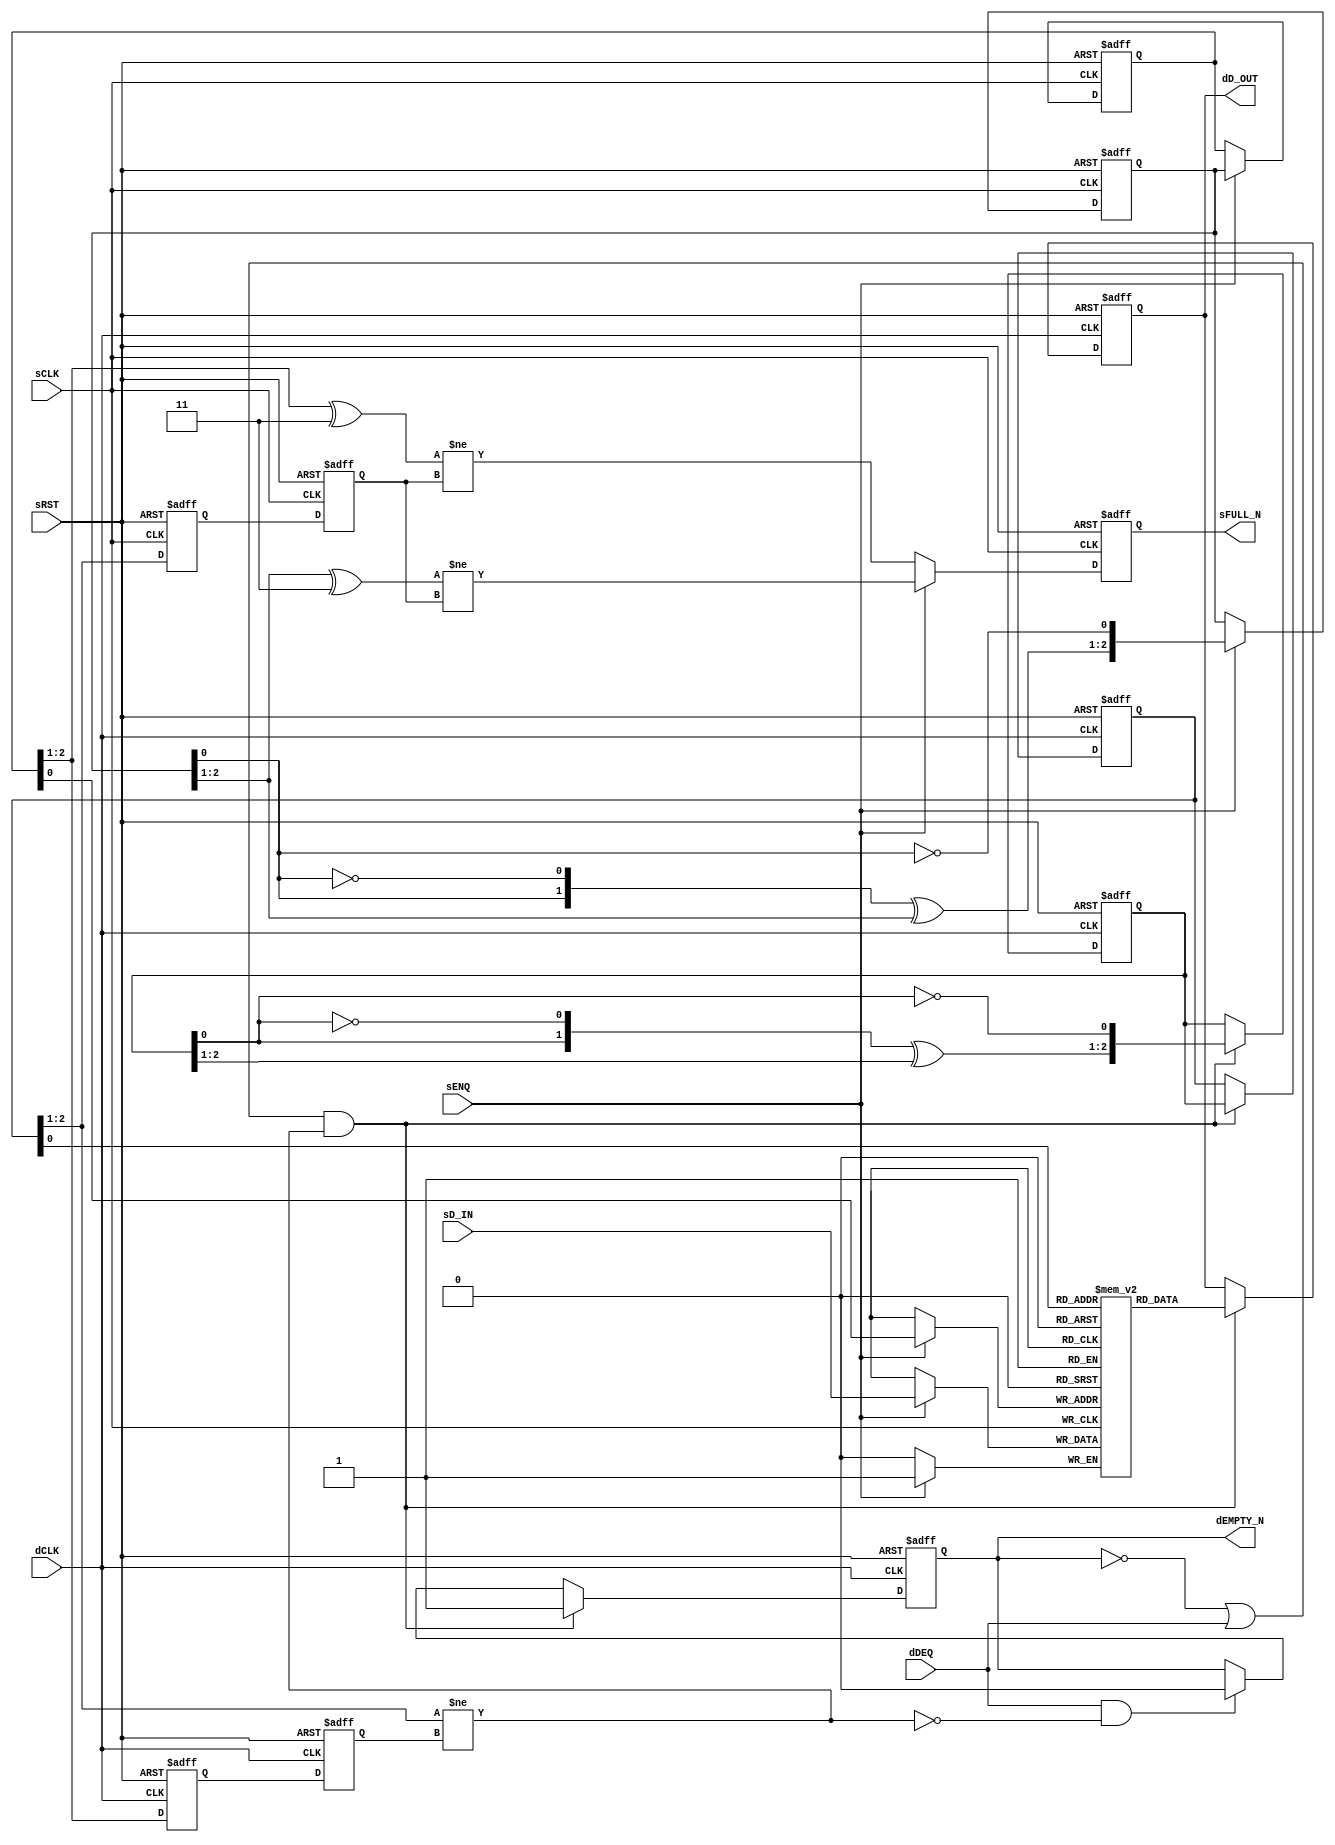

// Copyright (c) 2000-2012 Bluespec, Inc.

// Permission is hereby granted, free of charge, to any person obtaining a copy
// of this software and associated documentation files (the "Software"), to deal
// in the Software without restriction, including without limitation the rights
// to use, copy, modify, merge, publish, distribute, sublicense, and/or sell
// copies of the Software, and to permit persons to whom the Software is
// furnished to do so, subject to the following conditions:

// The above copyright notice and this permission notice shall be included in
// all copies or substantial portions of the Software.

// THE SOFTWARE IS PROVIDED "AS IS", WITHOUT WARRANTY OF ANY KIND, EXPRESS OR
// IMPLIED, INCLUDING BUT NOT LIMITED TO THE WARRANTIES OF MERCHANTABILITY,
// FITNESS FOR A PARTICULAR PURPOSE AND NONINFRINGEMENT. IN NO EVENT SHALL THE
// AUTHORS OR COPYRIGHT HOLDERS BE LIABLE FOR ANY CLAIM, DAMAGES OR OTHER
// LIABILITY, WHETHER IN AN ACTION OF CONTRACT, TORT OR OTHERWISE, ARISING FROM,
// OUT OF OR IN CONNECTION WITH THE SOFTWARE OR THE USE OR OTHER DEALINGS IN
// THE SOFTWARE.
//
// $Revision: 29753 $
// $Date: 2012-10-22 13:58:05 +0000 (Mon, 22 Oct 2012) $

`ifdef BSV_ASSIGNMENT_DELAY
`else
  `define BSV_ASSIGNMENT_DELAY
`endif

`ifdef BSV_POSITIVE_RESET
  `define BSV_RESET_VALUE 1'b1
  `define BSV_RESET_EDGE posedge
`else
  `define BSV_RESET_VALUE 1'b0
  `define BSV_RESET_EDGE negedge
`endif


// A clock synchronization FIFO where the enqueue and dequeue sides are in
// different clock domains.
// There are no restrictions w.r.t. clock frequencies
// The depth of the FIFO must be a power of 2 (2,4,8,...) since the
// indexing uses a Gray code counter.
// FULL and EMPTY signal are pessimistic, that is, they are asserted
// immediately when the FIFO becomes FULL or EMPTY, but their deassertion
// is delayed due to synchronization latency.
module SyncFIFO(
                sCLK,
                sRST,
                dCLK,
                sENQ,
                sD_IN,
                sFULL_N,
                dDEQ,
                dD_OUT,
                dEMPTY_N
                ) ;


   parameter                 dataWidth = 1 ;
   parameter                 depth = 2 ; // minimum 2
   parameter                 indxWidth = 1 ; // minimum 1

   // input clock domain ports
   input                     sCLK ;
   input                     sRST ;
   input                     sENQ ;
   input [dataWidth -1 : 0]  sD_IN ;
   output                    sFULL_N ;

   // destination clock domain ports
   input                     dCLK ;
   input                     dDEQ ;
   output                    dEMPTY_N ;
   output [dataWidth -1 : 0] dD_OUT ;

   // constants for bit masking of the gray code
   wire [indxWidth : 0]      msbset  = ~({(indxWidth + 1){1'b1}} >> 1) ;
   wire [indxWidth - 1 : 0]  msb2set = ~({(indxWidth + 0){1'b1}} >> 1) ;
   wire [indxWidth : 0]      msb12set = msbset | {1'b0, msb2set} ; // 'b11000...

   // FIFO Memory
   reg [dataWidth -1 : 0]    fifoMem [0: depth -1 ] ;
   reg [dataWidth -1 : 0]    dDoutReg ;

   // Enqueue Pointer support
   reg [indxWidth +1 : 0]    sGEnqPtr, sGEnqPtr1 ; // Flops
   reg                       sNotFullReg ;
   wire                      sNextNotFull, sFutureNotFull ;

   // Dequeue Pointer support
   reg [indxWidth+1 : 0]       dGDeqPtr, dGDeqPtr1 ; // Flops
   reg                       dNotEmptyReg ;
   wire                      dNextNotEmpty;

   // Reset generation
   wire                      dRST ;

   // flops to sychronize enqueue and dequeue point across domains
   reg [indxWidth : 0]       dSyncReg1, dEnqPtr ;
   reg [indxWidth : 0]       sSyncReg1, sDeqPtr ;

   wire [indxWidth - 1 :0]   sEnqPtrIndx, dDeqPtrIndx ;

   // Resets
   assign                    dRST = sRST ;

   // Outputs
   assign                    dD_OUT   = dDoutReg     ;
   assign                    dEMPTY_N = dNotEmptyReg ;
   assign                    sFULL_N  = sNotFullReg  ;

   // Indexes are truncated from the Gray counter with parity
   assign                    sEnqPtrIndx  = sGEnqPtr[indxWidth-1:0];
   assign                    dDeqPtrIndx  = dGDeqPtr[indxWidth-1:0];

   // Fifo memory write
   always @(posedge sCLK)
     begin
        if ( sENQ )
          fifoMem[sEnqPtrIndx] <= `BSV_ASSIGNMENT_DELAY sD_IN ;
     end // always @ (posedge sCLK)

   ////////////////////////////////////////////////////////////////////////
   // Enqueue Pointer and increment logic
   assign sNextNotFull   = (sGEnqPtr [indxWidth+1:1] ^ msb12set) != sDeqPtr ;
   assign sFutureNotFull = (sGEnqPtr1[indxWidth+1:1] ^ msb12set) != sDeqPtr ;

   always @(posedge sCLK or `BSV_RESET_EDGE sRST)
     begin
        if (sRST == `BSV_RESET_VALUE)
          begin
             sGEnqPtr    <= `BSV_ASSIGNMENT_DELAY {(indxWidth +2 ) {1'b0}} ;
             sGEnqPtr1   <= `BSV_ASSIGNMENT_DELAY { {indxWidth {1'b0}}, 2'b11} ;
             sNotFullReg <= `BSV_ASSIGNMENT_DELAY 1'b0 ; // Mark as full during reset to avoid spurious loads
          end // if (sRST == `BSV_RESET_VALUE)
        else
           begin
              if ( sENQ )
                begin
                   sGEnqPtr1   <= `BSV_ASSIGNMENT_DELAY incrGrayP( sGEnqPtr1 ) ;
                   sGEnqPtr    <= `BSV_ASSIGNMENT_DELAY sGEnqPtr1 ;
                   sNotFullReg <= `BSV_ASSIGNMENT_DELAY sFutureNotFull ;
                end // if ( sENQ )
              else
                begin
                   sNotFullReg <= `BSV_ASSIGNMENT_DELAY  sNextNotFull ;
                end // else: !if( sENQ )
           end // else: !if(sRST == `BSV_RESET_VALUE)
     end // always @ (posedge sCLK or `BSV_RESET_EDGE sRST)


   // Enqueue pointer synchronizer to dCLK
   always @(posedge dCLK  or `BSV_RESET_EDGE dRST)
     begin
        if (dRST == `BSV_RESET_VALUE)
          begin
             dSyncReg1 <= `BSV_ASSIGNMENT_DELAY {(indxWidth + 1) {1'b0}} ;
             dEnqPtr   <= `BSV_ASSIGNMENT_DELAY {(indxWidth + 1) {1'b0}} ;
          end // if (dRST == `BSV_RESET_VALUE)
        else
          begin
             dSyncReg1 <= `BSV_ASSIGNMENT_DELAY sGEnqPtr[indxWidth+1:1] ; // Clock domain crossing
             dEnqPtr   <= `BSV_ASSIGNMENT_DELAY dSyncReg1 ;
          end // else: !if(dRST == `BSV_RESET_VALUE)
     end // always @ (posedge dCLK  or `BSV_RESET_EDGE dRST)
   ////////////////////////////////////////////////////////////////////////


   ////////////////////////////////////////////////////////////////////////
   // Enqueue Pointer and increment logic
   assign dNextNotEmpty   = dGDeqPtr[indxWidth+1:1]  != dEnqPtr ;

   always @(posedge dCLK or `BSV_RESET_EDGE dRST)
     begin
        if (dRST == `BSV_RESET_VALUE)
          begin
             dGDeqPtr     <= `BSV_ASSIGNMENT_DELAY {(indxWidth + 2) {1'b0}} ;
             dGDeqPtr1    <= `BSV_ASSIGNMENT_DELAY {{indxWidth {1'b0}}, 2'b11 } ;
             dNotEmptyReg <= `BSV_ASSIGNMENT_DELAY 1'b0 ;
             dDoutReg     <= `BSV_ASSIGNMENT_DELAY { dataWidth {1'b0}};
          end // if (dRST == `BSV_RESET_VALUE)
        else
           begin
              if ((!dNotEmptyReg || dDEQ) && dNextNotEmpty) begin
                 dGDeqPtr     <= `BSV_ASSIGNMENT_DELAY dGDeqPtr1 ;
                 dGDeqPtr1    <= `BSV_ASSIGNMENT_DELAY incrGrayP( dGDeqPtr1 );
                 dDoutReg     <= `BSV_ASSIGNMENT_DELAY fifoMem[dDeqPtrIndx] ;
                 dNotEmptyReg <= `BSV_ASSIGNMENT_DELAY 1'b1;
              end
              else if (dDEQ && !dNextNotEmpty) begin
                 dNotEmptyReg <= `BSV_ASSIGNMENT_DELAY 1'b0;
              end
           end // else: !if(dRST == `BSV_RESET_VALUE)
     end // always @ (posedge dCLK or `BSV_RESET_EDGE dRST)

    // Dequeue pointer synchronized to sCLK
    always @(posedge sCLK  or `BSV_RESET_EDGE sRST)
      begin
         if (sRST == `BSV_RESET_VALUE)
           begin
              sSyncReg1 <= `BSV_ASSIGNMENT_DELAY {(indxWidth + 1) {1'b0}} ;
              sDeqPtr   <= `BSV_ASSIGNMENT_DELAY {(indxWidth + 1) {1'b0}} ; // When reset mark as not empty
           end // if (sRST == `BSV_RESET_VALUE)
         else
           begin
              sSyncReg1 <= `BSV_ASSIGNMENT_DELAY dGDeqPtr[indxWidth+1:1] ; // clock domain crossing
              sDeqPtr   <= `BSV_ASSIGNMENT_DELAY sSyncReg1 ;
           end // else: !if(sRST == `BSV_RESET_VALUE)
      end // always @ (posedge sCLK  or `BSV_RESET_EDGE sRST)
   ////////////////////////////////////////////////////////////////////////

`ifdef BSV_NO_INITIAL_BLOCKS
`else // not BSV_NO_INITIAL_BLOCKS
   // synopsys translate_off
   initial
     begin : initBlock
        integer i ;

        // initialize the FIFO memory with aa's
        for (i = 0; i < depth; i = i + 1)
          begin
             fifoMem[i] = {((dataWidth + 1)/2){2'b10}} ;
          end
        dDoutReg     = {((dataWidth + 1)/2){2'b10}} ;

        // initialize the pointer
        sGEnqPtr = {((indxWidth + 2)/2){2'b10}} ;
        sGEnqPtr1 = sGEnqPtr ;
        sNotFullReg = 1'b0 ;

        dGDeqPtr = sGEnqPtr ;
        dGDeqPtr1 = sGEnqPtr ;
        dNotEmptyReg = 1'b0;


        // initialize other registers
        sSyncReg1 = sGEnqPtr ;
        sDeqPtr   = sGEnqPtr ;
        dSyncReg1 = sGEnqPtr ;
        dEnqPtr   = sGEnqPtr ;
     end // block: initBlock
   // synopsys translate_on



   // synopsys translate_off
   initial
     begin : parameter_assertions
        integer ok ;
        integer i, expDepth ;

        ok = 1;
        expDepth = 1 ;

        // calculate x = 2 ** (indxWidth - 1)
        for( i = 0 ; i < indxWidth ; i = i + 1 )
          begin
             expDepth = expDepth * 2 ;
          end // for ( i = 0 ; i < indxWidth ; i = i + 1 )

        if ( expDepth != depth )
          begin
             ok = 0;
             $display ( "ERROR SyncFiFO.v: index size and depth do not match;" ) ;
             $display ( "\tdepth must equal 2 ** index size. expected %0d", expDepth );
          end

        #0
        if ( ok == 0 ) $finish ;

      end // initial begin
   // synopsys translate_on
`endif // BSV_NO_INITIAL_BLOCKS

   function [indxWidth+1:0] incrGrayP ;
      input [indxWidth+1:0] grayPin;

      begin: incrGrayPBlock
         reg [indxWidth :0] g;
         reg                p ;
         reg [indxWidth :0] i;

         g = grayPin[indxWidth+1:1];
         p = grayPin[0];
         i = incrGray (g,p);
         incrGrayP = {i,~p};
      end
   endfunction
   function [indxWidth:0] incrGray ;
      input [indxWidth:0] grayin;
      input parity ;

      begin: incrGrayBlock
         integer               i;
         reg [indxWidth: 0]    tempshift;
         reg [indxWidth: 0]    flips;

         flips[0] = ! parity ;
         for ( i = 1 ; i < indxWidth ; i = i+1 )
           begin
              tempshift = grayin << (2 + indxWidth - i ) ;
              flips[i]  = parity & grayin[i-1] & ~(| tempshift ) ;
           end
         tempshift = grayin << 2 ;
         flips[indxWidth] = parity & ~(| tempshift ) ;

         incrGray = flips ^ grayin ;
      end
   endfunction

endmodule // FIFOSync


`ifdef testBluespec
module testSyncFIFO() ;
   parameter dsize = 8;
   parameter fifodepth = 32;
   parameter fifoidx = 5;

   wire      sCLK,  dCLK, dRST ;
   wire      sENQ, dDEQ;
   wire      sFULL_N, dEMPTY_N ;
   wire [dsize -1:0] sDIN, dDOUT ;

   reg [dsize -1:0]  sCNT, dCNT ;
   reg sRST, sCLR ;

   ClockGen#(15,14,10)  sc( sCLK );
   ClockGen#(11,12,2600)  dc( dCLK );

   initial
     begin
        sCNT = 0;
        dCNT = 0;
        sCLR = 1'b0 ;

        sRST = `BSV_RESET_VALUE ;
        $display( "running test" ) ;

        $dumpfile("SyncFIFO.vcd");
        $dumpvars(5,testSyncFIFO) ;
        $dumpon ;
        #200 ;
        sRST = !`BSV_RESET_VALUE ;


        #100000 $finish ;
     end // initial begin
   initial
     begin
        #50000 ;
        @(posedge sCLK ) ;
        sCLR <= `BSV_ASSIGNMENT_DELAY 1'b1 ;
        @(posedge sCLK ) ;
        sCLR <= `BSV_ASSIGNMENT_DELAY 1'b0 ;

      end

   SyncFIFO #(dsize,fifodepth,fifoidx)
     dut( sCLK, sRST, dCLK, sENQ, sDIN,
          sFULL_N, // sCLR,
          dDEQ, dDOUT, dEMPTY_N );

   assign sDIN = sCNT ;
   assign sENQ = sFULL_N ;


   always @(posedge sCLK)
     begin
        if (sENQ )
          begin
             sCNT <= `BSV_ASSIGNMENT_DELAY sCNT + 1;
          end
      end // always @ (posedge sCLK)

   assign dDEQ = dEMPTY_N ;

   always @(posedge dCLK)
     begin
        if (dDEQ )
           begin
              $display( "dequeing %d", dDOUT ) ;
           end
     end // always @ (posedge dCLK)

endmodule // testSyncFIFO
`endif